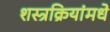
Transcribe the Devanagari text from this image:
शस्त्रक्रियांमधे